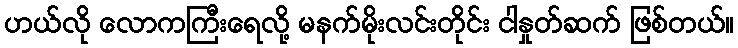
ဟယ်လို လောကကြီးရေလို့ မနက်မိုးလင်းတိုင်း ငါနှုတ်ဆက် ဖြစ်တယ်။